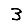
Digit: 3